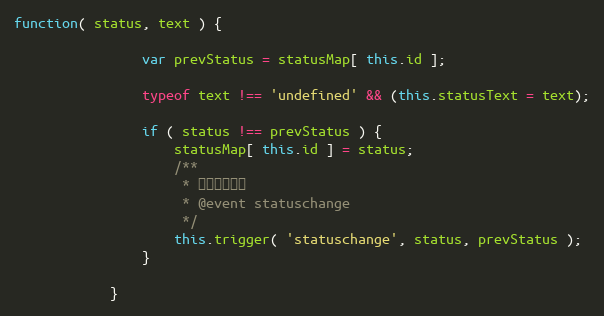
Language: JavaScript
function( status, text ) {

                var prevStatus = statusMap[ this.id ];

                typeof text !== 'undefined' && (this.statusText = text);

                if ( status !== prevStatus ) {
                    statusMap[ this.id ] = status;
                    /**
                     * 文件状态变化
                     * @event statuschange
                     */
                    this.trigger( 'statuschange', status, prevStatus );
                }

            }